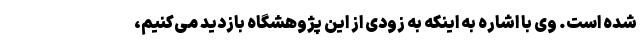
شده است. وی با اشاره به اینکه به زودی از این پژوهشگاه بازدید می‌کنیم،